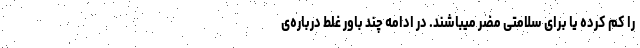
را کم کرده یا برای سلامتی مضر میباشند. در ادامه چند باور غلط درباره‌ی